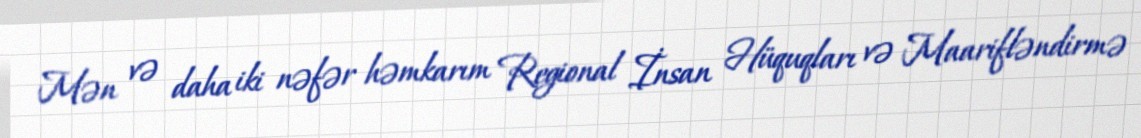
Mən və daha iki nəfər həmkarım Regional İnsan Hüquqları və Maarifləndirmə